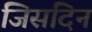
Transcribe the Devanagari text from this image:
जिसदिन